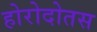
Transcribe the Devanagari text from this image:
होरोदोतस